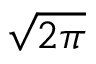
\sqrt { 2 \pi }